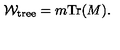
{ \cal W } _ { \mathrm { \small t r e e } } = m { \mathrm { T r } } ( M ) .